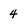
Character: 4